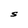
Character: S